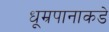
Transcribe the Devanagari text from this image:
धूम्रपानाकडे